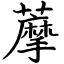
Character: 藦